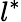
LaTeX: l^{\ast}